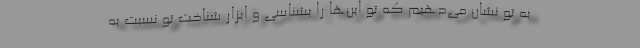
به تو نشان می‌دهیم که تو این‌ها را بشناسی و ابزار شناخت تو نسبت به